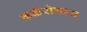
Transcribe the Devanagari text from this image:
कर्करोगास